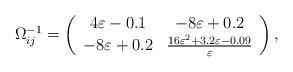
LaTeX: \begin{align*}\Omega_{ij}^{-1}=\left( \begin{array}{cc} 4\varepsilon-0.1 & -8\varepsilon+0.2\\-8\varepsilon+0.2 & \frac{16\varepsilon^2+3.2\varepsilon-0.09}{\varepsilon} \end{array} \right),\end{align*}